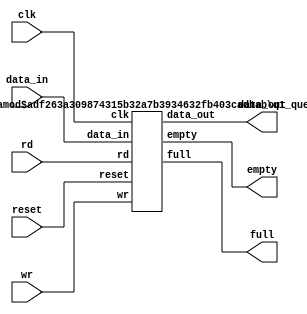
module queue(clk,reset,data_in,wr,rd,data_out,full,empty); 
 parameter WIDTH = 8;
  parameter LENGTH = 16;

   input clk;
   input reset;
   input wire [WIDTH-1:0] data_in;
   input wire wr;
   input wire rd;
   output [WIDTH-1:0] data_out;
   output wire full;
   output wire empty;

//LV_pragma translate_off
  generate
    case(LENGTH)
      0:q0_queue #(WIDTH,LENGTH)q1(clk,reset,data_in,wr,rd,data_out,full,empty);
      default:q1_queue #(WIDTH,LENGTH)q2(clk,reset,data_in,wr,rd,data_out,full,empty);
    endcase
  endgenerate
  //LV_pragram translate_on
endmodule

module q0_queue(clk,reset,data_in,wr,rd,data_out,full,empty);
    parameter WIDTH = 8;
  parameter LENGTH = 16;
  
    
    input wire clk;
   input wire reset;
   input wire [WIDTH-1:0] data_in;
   input wire wr;
   input wire rd;
   output reg [WIDTH-1:0] data_out;
   output wire full;
   output wire empty;
  
  assign full = 1'b0;
   assign empty = 1'b0;
   assign data_in = data_out;
 endmodule

module q1_queue(clk,reset,data_in,wr,rd,data_out,full,empty); 
 
  parameter WIDTH = 8;
  parameter LENGTH = 16;
  
function integer log2;
 input integer num;
 begin
 log2 = 0;
 for(log2=0;num>0;log2 = log2 + 1) begin
 num = num>>1;
 end
 end
endfunction

  
  localparam ADDR_WIDTH = log2(LENGTH)-1;
  
   
   
   input wire clk;
   input wire reset;
   input wire [WIDTH-1:0] data_in;
   input wire wr;
   input wire rd;
   output reg [WIDTH-1:0] data_out;
   output wire full;
   output wire empty;
   reg [ADDR_WIDTH:0] full_indicator;  //N
  
  reg [ADDR_WIDTH-1:0] wr_ptr; // N-1
  reg [ADDR_WIDTH-1:0] rd_ptr; // N-1
 
  reg[WIDTH-1:0] mem[LENGTH-1:0];
 
  assign full = (full_indicator == LENGTH);
  assign empty = (full_indicator == 8'b0);
 
  always @(posedge clk)
    if (reset) 
      begin
        wr_ptr <= 8'b0;
        rd_ptr <= 8'b0;
        full_indicator <= 8'b0;
      end
    else
      begin
        case ({rd, wr})
          2'b00: // nothing
            begin
              full_indicator <= full_indicator;
            end
          2'b01: // write
            begin
              if  (full_indicator < LENGTH)
                begin
                  full_indicator <= full_indicator + 1;
                  mem[wr_ptr] <= data_in;
                  wr_ptr <= wr_ptr + 1;
                end
            end
          2'b10: // read
            begin
              if (full_indicator > 0)
                begin
                  data_out <= mem[rd_ptr];
                  full_indicator <= full_indicator - 1;
                  rd_ptr <= rd_ptr + 1;
                end
            end
          2'b11: // read+write
            begin
              wr_ptr <= wr_ptr + 1;
              rd_ptr <= rd_ptr + 1;
              data_out <= mem[rd_ptr];
              mem[wr_ptr] <= data_in;
              full_indicator <= full_indicator;
            end
        endcase
      if(wr_ptr >= LENGTH)
      wr_ptr <= 0;
      if(rd_ptr >= LENGTH)
        rd_ptr <= 0;
      
      end
endmodule